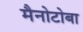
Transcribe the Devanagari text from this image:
मैनोटोबा